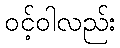
ဝင့်ဝါလည်း